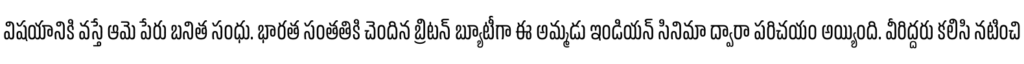
విషయానికి వస్తే ఆమె పేరు బనిత సంధు. భారత సంతతికి చెందిన బ్రిటన్ బ్యూటీగా ఈ అమ్మడు ఇండియన్ సినిమా ద్వారా పరిచయం అయ్యింది. వీరిద్దరు కలిసి నటించి